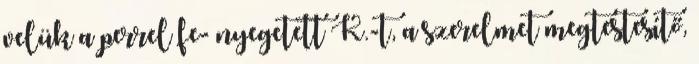
velük a perrel fe- nyegetett K.-t, a szerelmet megtestesítő,